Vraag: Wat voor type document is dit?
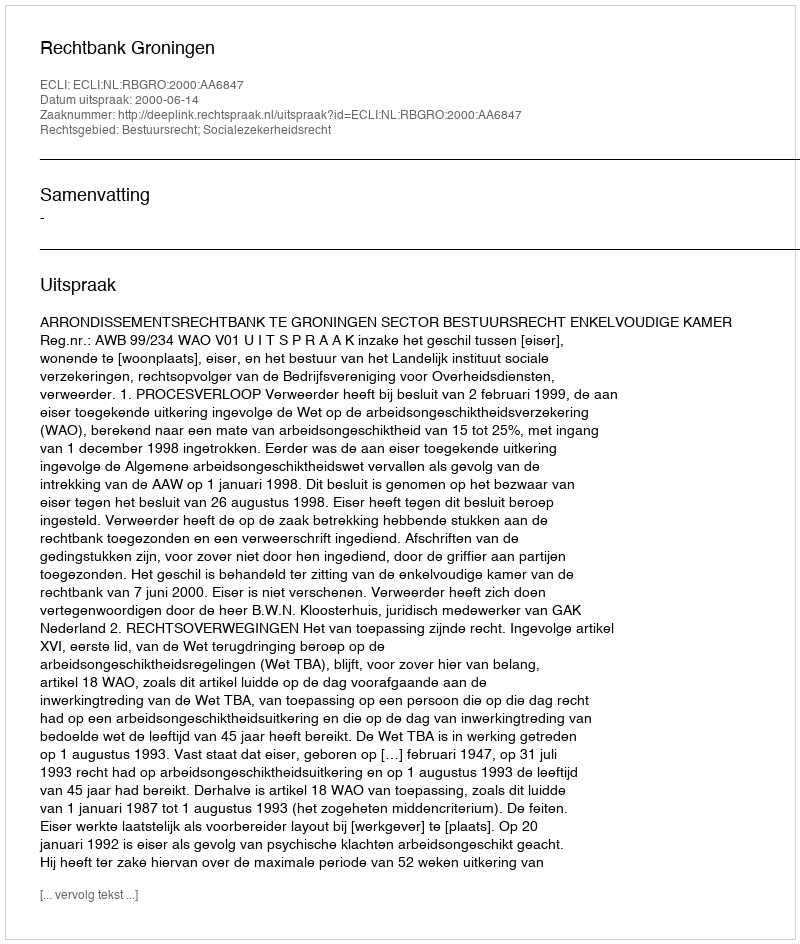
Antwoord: Uitspraak